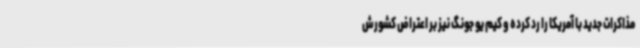
مذاکرات جدید با آمریکا را رد کرده و کیم یو جونگ نیز بر اعتراض کشورش